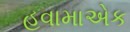
હવામાએક